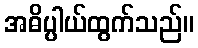
အဓိပ္ပါယ်ထွက်သည်။